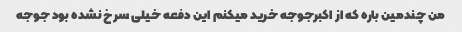
من چندمین باره که از اکبرجوجه خرید میکنم این دفعه خیلی سرخ نشده بود جوجه